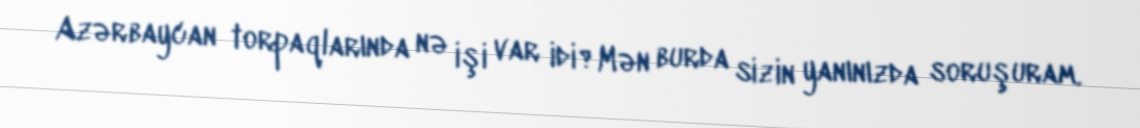
Azərbaycan torpaqlarında nə işi var idi?Mən burda sizin yanınızda soruşuram.